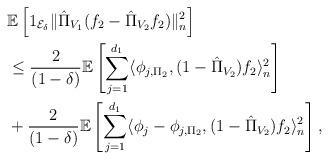
LaTeX: \begin{align*}&\mathbb{E}\left[1_{\mathcal{E}_\delta} \Vert\hat{\Pi}_{V_1}(f_2-\hat{\Pi}_{V_2} f_2)\Vert_n^2\right] \\ &\leq\frac{2}{(1-\delta)}\mathbb{E}\left[\sum_{j=1}^{d_1}\langle\phi_{j,\Pi_2},(1-\hat{\Pi}_{V_2})f_2\rangle_n^2\right] \\ &+\frac{2}{(1-\delta)}\mathbb{E}\left[\sum_{j=1}^{d_1}\langle\phi_j-\phi_{j,\Pi_2},(1-\hat{\Pi}_{V_2})f_2\rangle_n^2\right] ,\end{align*}